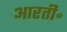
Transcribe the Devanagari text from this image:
आरती॰